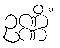
ဥဏ္ဏိံ